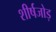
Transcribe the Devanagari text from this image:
शीर्षजोड़